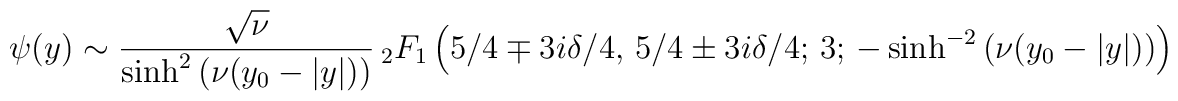
\psi(y)\sim\frac{\sqrt{\nu}}{\sinh^2\left(\nu(y_0-|y|)\right)}{\,}_2F_1\left(5/4\mp 3i\delta/4,\,5/4\pm3i\delta/4;\,3;\,-\sinh^{-2}\left(\nu(y_0-|y|)\right)\right)